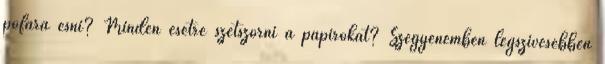
pofára esni? Minden esetre szétszórni a papírokat? Szégyenemben legszívesebben